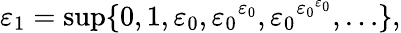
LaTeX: \varepsilon_{1}=\operatorname*{sup}\{ 0,1,\varepsilon_{0},{\varepsilon_{0}}^{\varepsilon_{0}},{\varepsilon_{0}}^{{\varepsilon_{0}}^{\varepsilon_{0}}},\ldots\} ,